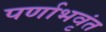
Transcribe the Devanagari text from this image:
पर्णाभवृंत